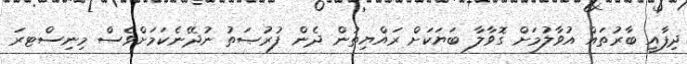
ދިފާއީ ބާރުތައް އުވާލުމަށް ގޮވާލާ ބަޔަކަށް ރައްޔިތުން ދެން ފުރުޞަތު ނުދޭނެކަމަށްވެސް މިނިސްޓރަ